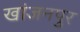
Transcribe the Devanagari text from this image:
खांजनपुर